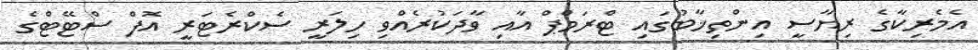
އެމެރިކާގެ ރިޔާސީ އިންތިޚާބުގައި ޓްރަމްޕް އާއި ވާދަކުރެއްވި ހިލަރީ ސެކްރެޓަރީ އޮފް ސްޓޭޓްގެ